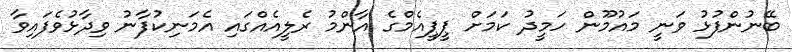
ބޭނުންފުޅު ވަނީ މައުމޫން ހަމީދު ކަމަށް ޕީޕީއެމްގެ އާންމު ރެލީއެއްގައި އެމަނިކުފާނު ވިދާޅުވެފައިވާ